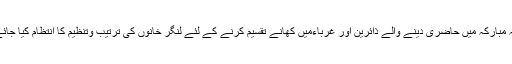
آستانہ مبارکہ میں حاضری دینے والے ذائرین اور غرباءمیں کھانے تقسیم کرنے کے لئے لنگر خانوں کی ترتیب وتنظیم کا انتظام کیا جائے گا۔